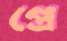
প্রে